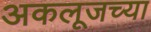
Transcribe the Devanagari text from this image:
अकलूजच्या